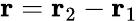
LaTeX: {\mathbf r}={\mathbf r}_{2}-{\mathbf r}_{1}